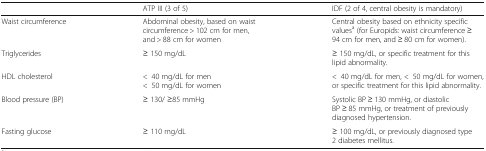
|  | ATP III (3 of 5) | IDF (2 of 4, central obesity is mandatory) |
 | --- | --- | --- |
 | Waist circumference | Abdominal obesity, based on waist circumference > 102 cm for men, and > 88 cm for women | Central obesity based on ethnicity specific valuesa (for Europids: waist circumference ≥ 94 cm for men, and ≥ 80 cm for women). |
 | Triglycerides | ≥ 150 mg/dL | ≥ 150 mg/dL, or specific treatment for this lipid abnormality. |
 | HDL cholesterol | <40 mg/dL for men<50 mg/dL for women | <40 mg/dL for men, <50 mg/dL for women, or specific treatment for this lipid abnormality. |
 | Blood pressure (BP) | ≥ 130/ ≥85 mmHg | Systolic BP ≥ 130 mmHg, or diastolic BP ≥ 85 mmHg, or treatment of previously diagnosed hypertension. |
 | Fasting glucose | ≥ 110 mg/dL | ≥ 100 mg/dL, or previously diagnosed type 2 diabetes mellitus. |